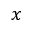
\boldsymbol { x }